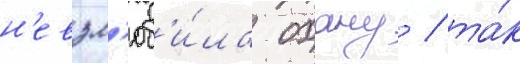
н'евзл'юб'и́ла охану / та́к